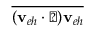
\overline { { ( \mathbf { v } _ { e h } \cdot \triangledown ) \mathbf { v } _ { e h } } }